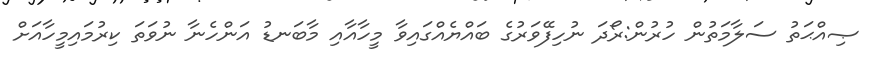
ޞިއްޙަތު ސަލާމަތުން ހުރުން:ރޯދަ ނުހިފޭވަރުގެ ބައްޔެއްގައިވާ މީހާއާއި މާބަނޑު އަންހެނާ ނުވަތަ ކިރުމައިމީހާއަށް